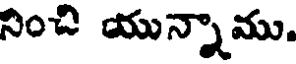
నించి యున్నాము.